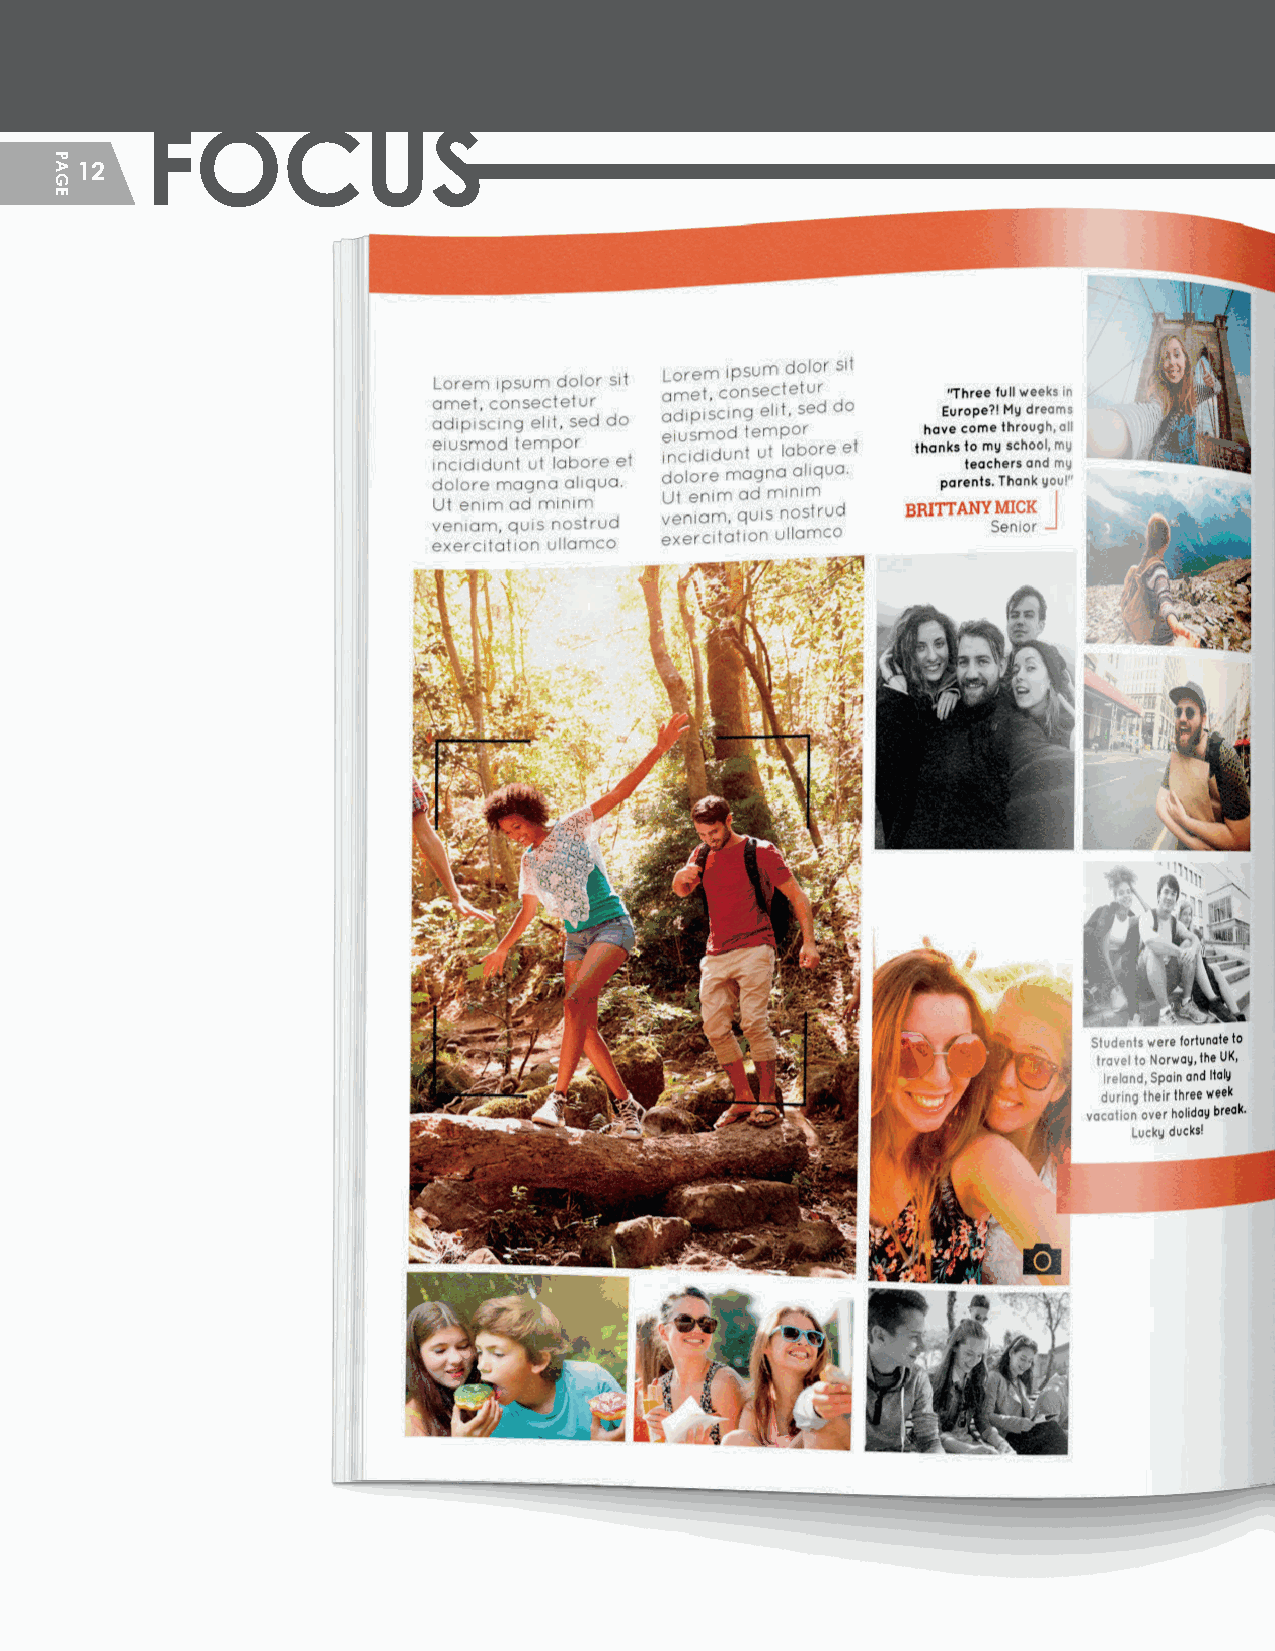
FOCUS
 12
 HHSS__CCrreeaattiivvee__GGuuiiddeePPFF__MMSS..iinndddd 1122                 22//55//2200 1122::1133 PPMM
 PAGE